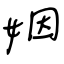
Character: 姻